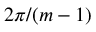
2 \pi / { ( m - 1 ) }